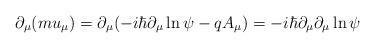
LaTeX: \begin{align*}\partial _\mu (mu_\mu )=\partial _\mu (-i\hbar \partial _\mu \ln \psi-qA_\mu )=-i\hbar \partial _\mu \partial _\mu \ln \psi \end{align*}